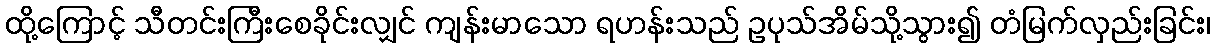
ထို့ကြောင့် သီတင်းကြီးစေခိုင်းလျှင် ကျန်းမာသော ရဟန်းသည် ဥပုသ်အိမ်သို့သွား၍ တံမြက်လှည်းခြင်း၊